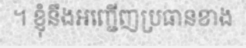
។ ខ្ញុំនឹងអញ្ជើញប្រធានខាង